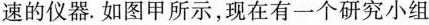
速的仪器。如图甲所示，现在有一个研究小组